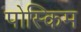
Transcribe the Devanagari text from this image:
पोस्किम